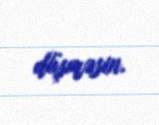
düşməsin.